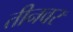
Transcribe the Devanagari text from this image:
तीनवर